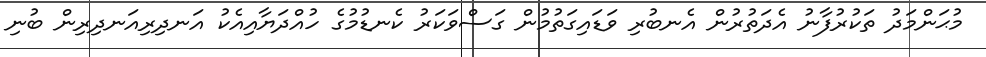
މުޙަންމަދު ތަކުރުފާނު އެދަތުރުން އެނބުރި ވަޑައިގަތުމުން ގަސްވަކަރު ކެނޑުމުގެ ހުއްދަޔާއިއެކު އަނދިރިއަނދިރިން ބުނި